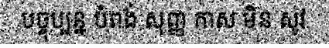
បច្ចុប្បន្ន បំពង់ សុញ្ញ កាស មិន សូវ